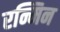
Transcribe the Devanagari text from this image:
रन्मिन